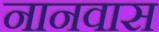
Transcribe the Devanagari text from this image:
नानवास